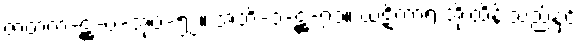
ဇာတက-ဋ္ဌ-ပ-အုပ်-၅၂။ အဘိ-၁-ဋ္ဌ-၇၁။ ဃဋိကာရ အိုးထိန်းသည်နှင့်